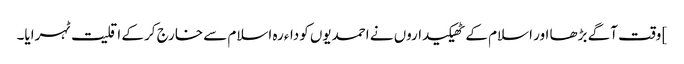
] وقت آگے بڑھا اور اسلام کے ٹھیکیداروں نے احمدیوں کوداءرہ اسلام سے خارج کر کے اقلیت ٹہرایا۔